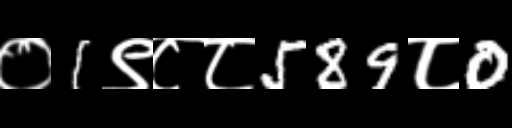
Text: ०1९८८589८0